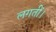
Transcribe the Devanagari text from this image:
लगतीं।